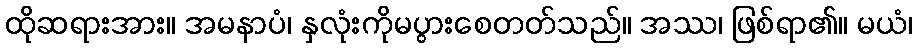
ထိုဆရားအား။ အမနာပံ၊ နှလုံးကိုမပွားစေတတ်သည်။ အဿ၊ ဖြစ်ရာ၏။ မယံ၊